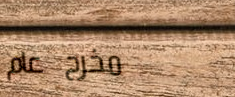
مخرج عام